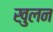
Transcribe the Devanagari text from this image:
खुलन